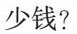
少钱?